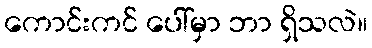
ကောင်းကင် ပေါ်မှာ ဘာ ရှိသလဲ။